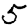
Digit: 5